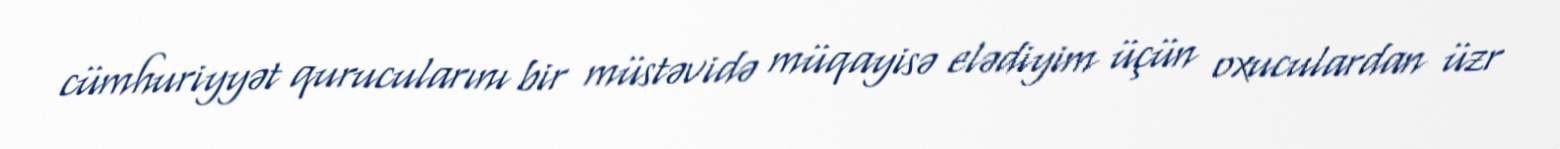
cümhuriyyət qurucularını bir müstəvidə müqayisə elədiyim üçün oxuculardan üzr